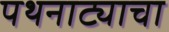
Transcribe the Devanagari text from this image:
पथनाट्याचा